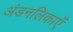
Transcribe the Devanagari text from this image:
अंडनलिकाएँ